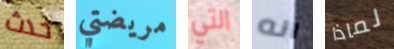
حدث مريضتي التي انه لماذا